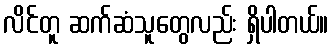
လိင်တူ ဆက်ဆံသူတွေလည်း ရှိပါတယ်။